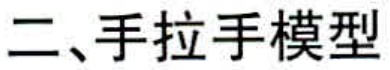
二、手拉手模型